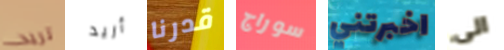
تريد أريد قدرنا سوراج اخبرتني الى